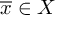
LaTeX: { \overline { { x } } } \in X